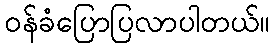
ဝန်ခံပြောပြလာပါတယ်။